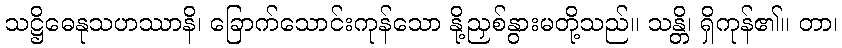
သဋ္ဌိဓေနုသဟဿာနိ၊ ခြောက်သောင်းကုန်သော နို့ညှစ်နွားမတို့သည်။ သန္တိ၊ ရှိကုန်၏။ တာ၊